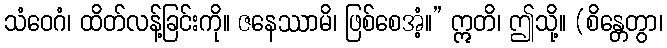
သံဝေဂံ၊ ထိတ်လန့်ခြင်းကို။ ဇနေဿာမိ၊ ဖြစ်စေအံ့။” ဣတိ၊ ဤသို့။ (စိန္တေတွာ၊